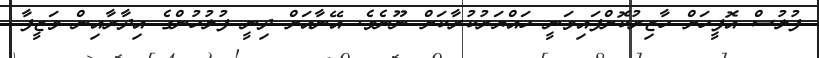
ފުލުސް އޮފީހަށް ހާޒިރުކޮށްފައިވަނީ ހައްޔަރުކުރާކަށް ނޫނެވެ. އޭނާއަށް ދިނީ ފުލުހުންގެ އިދާރާއިން ވަޒީފާ